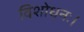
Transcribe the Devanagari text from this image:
विशोधनः।